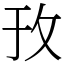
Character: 㪀